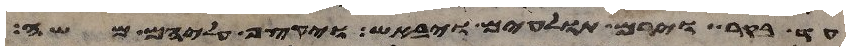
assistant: עד בקר וירם תולעים ויבאש ויקצף עליהם משה